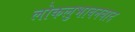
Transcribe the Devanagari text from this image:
लोकलुभावनवाद